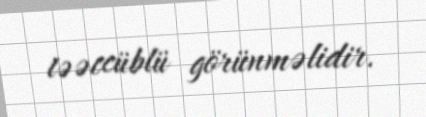
təəccüblü görünməlidir.